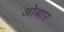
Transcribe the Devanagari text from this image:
ओबार